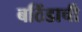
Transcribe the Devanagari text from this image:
बठिंडाची